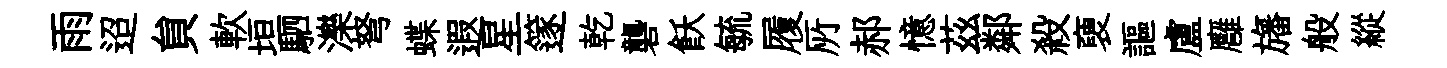
雨迢貟軟垣駟濼弩蝶遐星篴乾礱飫毓履𠩄郝憶茲鄰殺褏謳盧廱旛般縱